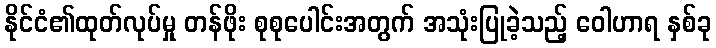
နိုင်ငံ၏ထုတ်လုပ်မှု တန်ဖိုး စုစုပေါင်းအတွက် အသုံးပြုခဲ့သည့် ဝေါဟာရ နှစ်ခု